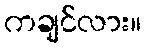
ကချင်လား။